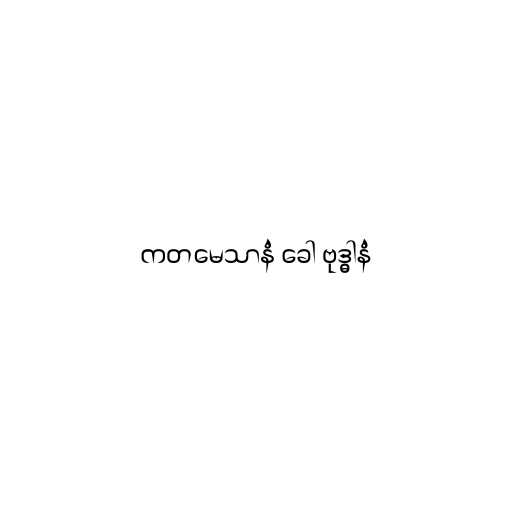
ကတမေသာနံ ခေါ ဗုဒ္ဓါနံ